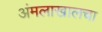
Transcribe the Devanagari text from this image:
अंमलाखालचा